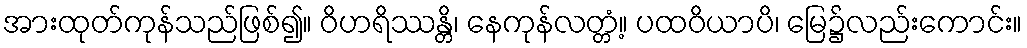
အားထုတ်ကုန်သည်ဖြစ်၍။ ဝိဟရိဿန္တိ၊ နေကုန်လတ္တံ့။ ပထဝိယာပိ၊ မြေ၌လည်းကောင်း။